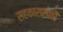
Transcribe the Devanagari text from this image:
सहकारासाठी